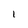
Character: 1